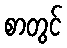
စာတွင်